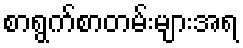
စာရွက်စာတမ်းများအရ